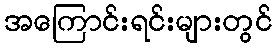
အကြောင်းရင်းများတွင်